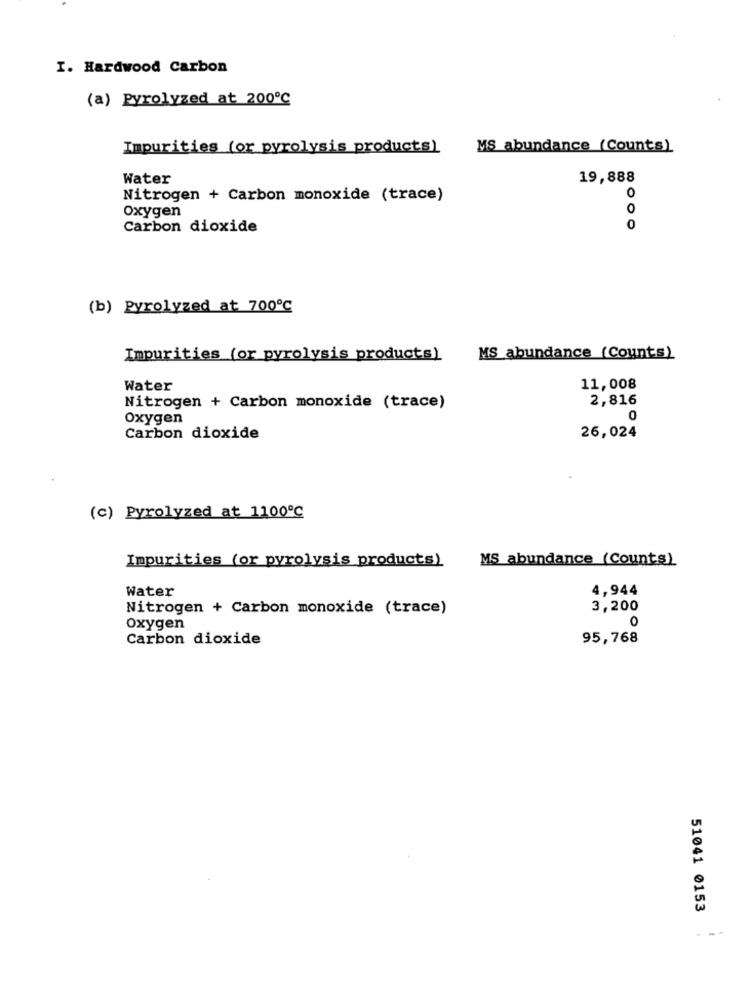
I. Hardwood Carbon
(a) Pyrolyzed at 200℃
Impurities (or pyrolysis products)
MS abundance (Counts)
Water
19,888
Nitrogen + Carbon monoxide (trace)
0
oxygen
0
Carbon dioxide
0
(b) Pyrolyzed at 700℃
Impurities (or pyrolysis products)
MS abundance (Counts)
Water
11,008
2,816
Nitrogen + Carbon monoxide (trace)
Oxygen
0
Carbon dioxide
26,024
(c) Pyrolyzed at 1100℃
Impurities (or pyrolysis products)
MS abundance (Counts)
Water
4,944
Nitrogen + Carbon monoxide (trace)
3,200
Oxygen
0
Carbon dioxide
95,768
51041 0153
- --